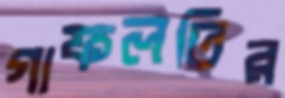
গাফলতির